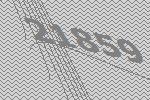
21859